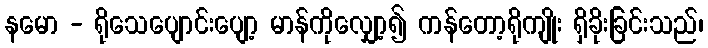
နမော - ရိုသေပျောင်းပျော့ မာန်ကိုလျှော့၍ ကန်တော့ရိုကျိုး ရှိခိုးခြင်းသည်၊